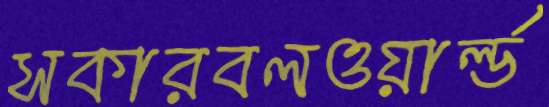
সকারবলওয়ার্ল্ড